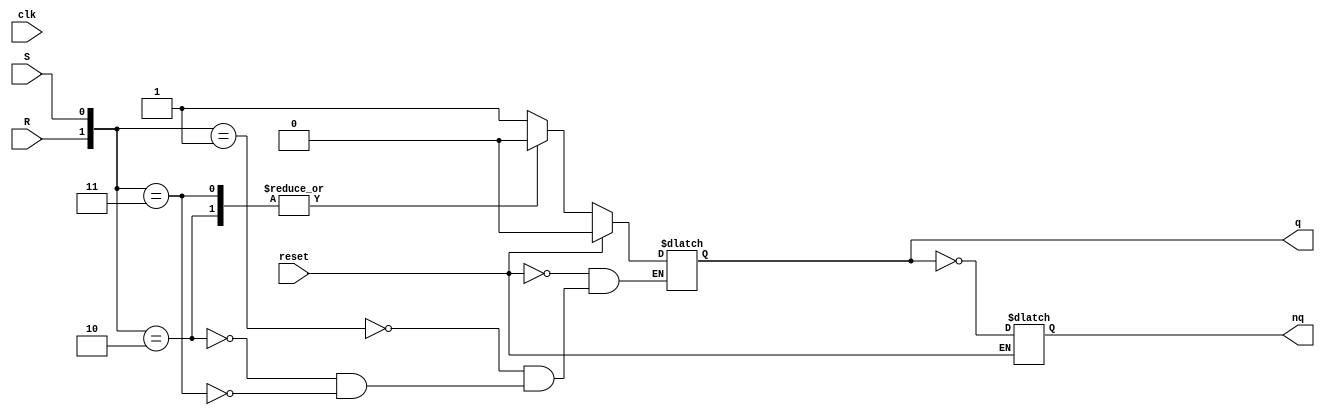
module RSFF(input clk,input R,input S,input reset,output reg q,output reg nq);
  always @(clk) begin
    if(reset)
     q<=1'b0;
    else begin
        case({R,S})
          2'b01 : q<=1'b1;
          2'b10 : q<=1'b0;
          2'b11 : q<=1'b0;
        endcase
        nq<=~q;
    end
  end
endmodule
module DFF(input clk,input D,input reset,output  q,output  nq);
 RSFF r(clk,D,~D,reset,q,nq);
endmodule
module Ripple_Counter(input clk,input reset,ouput [0:3] Q,ouput [0:3] nQ);
   DFF d1(clk,nQ[0],reset,Q[0],nQ[0]);
   DFF d2(clk,nQ[1],reset,Q[1],nQ[1]);
   DFF d3(clk,nQ[2],reset,Q[2],nQ[2]);
   DFF d4(clk,nQ[3],reset,Q[3],nQ[3]);

endmodule